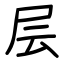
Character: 层